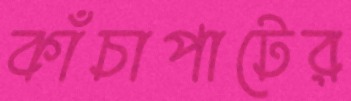
কাঁচাপাটের